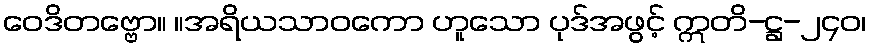
ဝေဒိတဗ္ဗော။ ။အရိယသာဝကော ဟူသော ပုဒ်အဖွင့် ဣတိ-ဋ္ဌ-၂၄၀၊